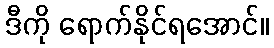
ဒီကို ရောက်နိုင်ရအောင်။